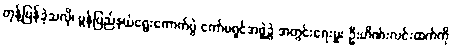
တုန့်ပြန်ခဲ့သလို၊ မွန်ပြည်နယ်ရွေးကောက်ပွဲ ကော်မရှင်အဖွဲ့ခွဲ အတွင်းရေးမှူး ဦးဟိဏ်းလင်းထက်ကို